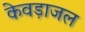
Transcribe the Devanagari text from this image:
केवड़ाजल